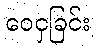
ဝေငှခြင်း